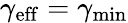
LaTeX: \gamma_{\mathrm{eff}}=\gamma_{\mathrm{min}}